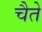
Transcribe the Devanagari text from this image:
चैते